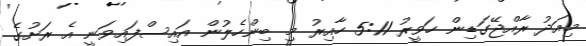
މިއަދު ރާއްޖޭގަޑިން ހަވީރު 5:11 ހާއިރު މި ބިންހެލުން އައިސްފައިވަނީ އެ ރަށުގެ